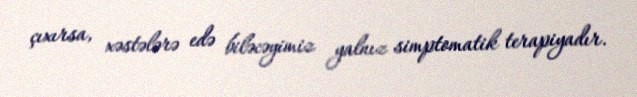
çıxırsa, xəstələrə edə biləcəyimiz yalnız simptomatik terapiyadır.